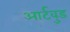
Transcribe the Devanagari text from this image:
आर्टवुड